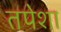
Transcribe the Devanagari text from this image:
तपेशा